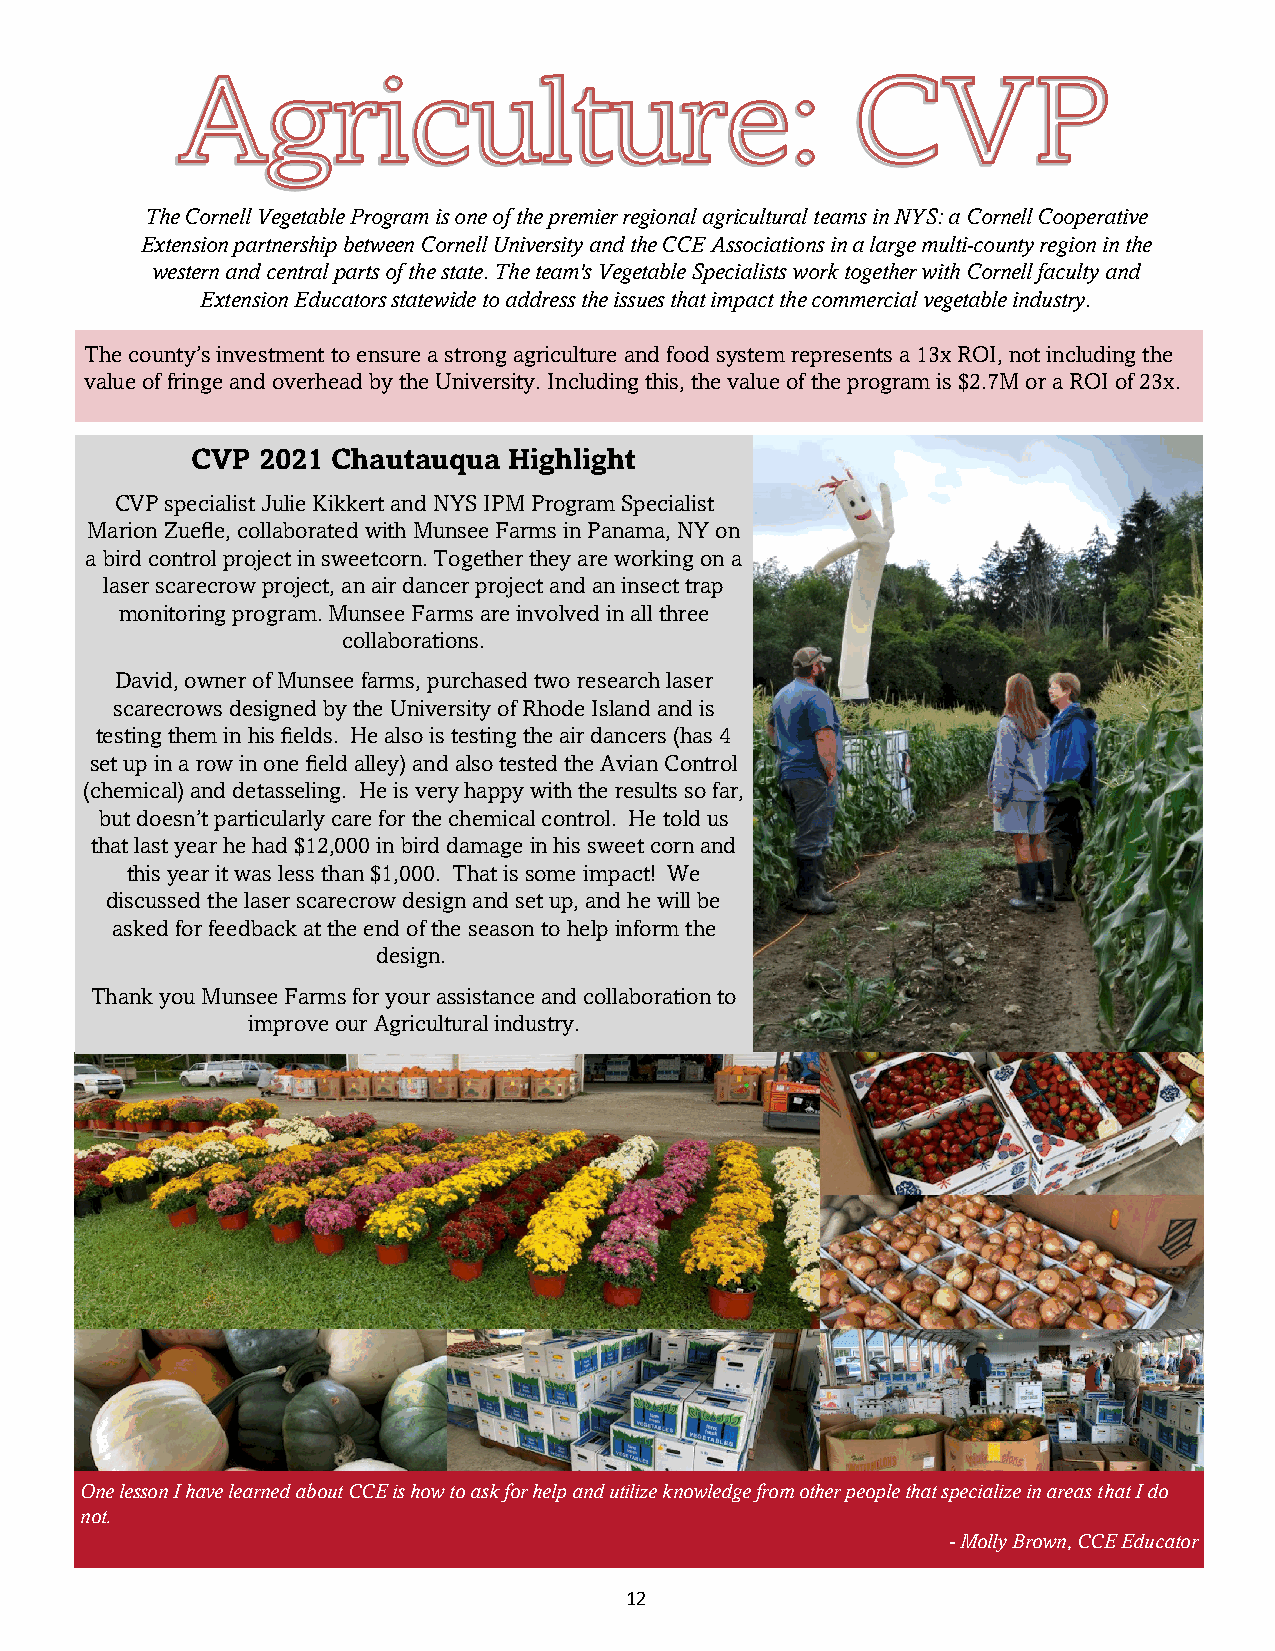
The Cornell Vegetable Program is one of the premier regional agricultural teams in NYS: a Cornell Cooperative
 Extension partnership between Cornell University and the CCE Associations in a large multi-county region in the
 western and central parts of the state. The team's Vegetable Specialists work together with Cornell faculty and
 Extension Educators statewide to address the issues that impact the commercial vegetable industry.
 The county’s investment to ensure a strong agriculture and food system represents a 13x ROI, not including the
 value of fringe and overhead by the University. Including this, the value of the program is $2.7M or a ROI of 23x.
 CVP 2021 Chautauqua  Highlight
 CVP specialist Julie Kikkert and NYS IPM Program Specialist
 Marion Zuefle, collaborated with Munsee Farms in Panama, NY on
 a bird control project in sweetcorn. Together they are working on a
 laser scarecrow project, an air dancer project and an insect trap
 monitoring program. Munsee Farms are involved in all three
 collaborations.
 David, owner of Munsee farms, purchased two research laser
 scarecrows designed by the University of Rhode Island and is
 testing them in his fields. He also is testing the air dancers (has 4
 set up in a row in one field alley) and also tested the Avian Control
 (chemical) and detasseling. He is very happy with the results so far,
 but doesn’t particularly care for the chemical control. He told us
 that last year he had $12,000 in bird damage in his sweet corn and
 this year it was less than $1,000. That is some impact! We
 discussed the laser scarecrow design and set up, and he will be
 asked for feedback at the end of the season to help inform the
 design.
 Thank you Munsee Farms for your assistance and collaboration to
 improve our Agricultural industry.
 One lesson I have learned about CCE is how to ask for help and utilize knowledge from other people that specialize in areas that I do
 not.
 - Molly Brown, CCE Educator
 12